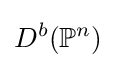
D^{b}(\mathbb {P} ^{n})